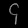
Digit: ၄